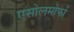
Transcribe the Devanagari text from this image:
एसोलमोर्फा